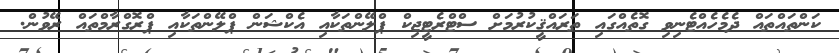
ކަންތައްތައް ދެމެހެއްޓެނިވި ގޮތެއްގައި ތަރައްޤީކުރުމަށް ސްޓްރެޓީޖިކް ޕްލޭންތަކާއި އެކްޝަން ޕްލޭންތަކާއި ޕްރޮގްރާމްތައް ރޭވުން.